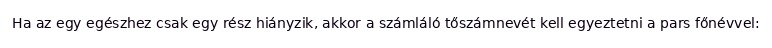
Ha az egy egészhez csak egy rész hiányzik, akkor a számláló tőszámnevét kell egyeztetni a pars főnévvel: